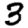
Digit: 3